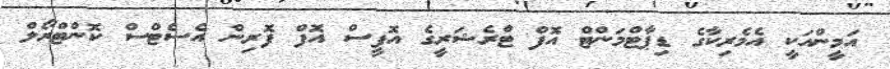
އަމީންއަކީ އެމެރިކާގެ ޑިޕާޓްމަންޓް އޮފް ޓްރެޝަރީގެ އޮފީސް އޮފް ފޮރިން އެސެޓްސް ކޮންޓްރޯލް